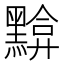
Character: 黭